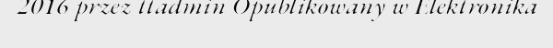
2016 przez ttadmin Opublikowany w Elektronika